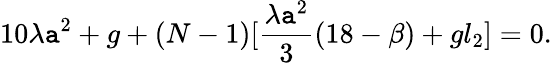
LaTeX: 10\lambda\mathtt{a}^{2}+g+(N-1)[\frac{{\lambda\mathtt{a}^{2}}}{3}(18-\beta)+gl_{2}]=0.